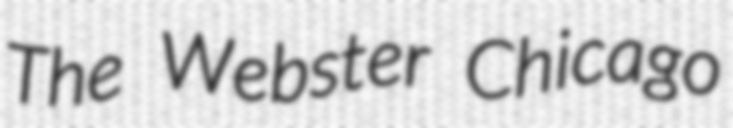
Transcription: The Webster Chicago